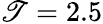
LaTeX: \mathscr{T}=2.5